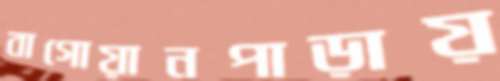
বাগোয়ানপাড়ায়